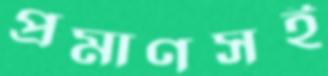
প্রমাণসই